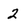
Character: 2